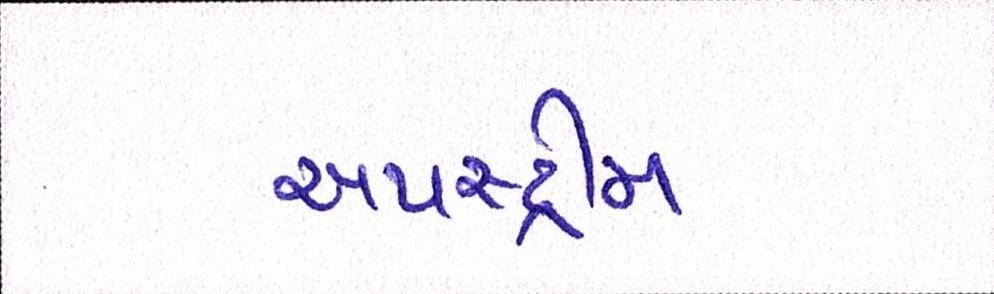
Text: અપસ્ટ્રીમ